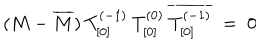
LaTeX: ( M - \overline { { { M } } } ) \: T _ { [ 0 ] } ^ { ( - 1 ) } \: T _ { [ 0 ] } ^ { ( 0 ) } \: \overline { { { T _ { [ 0 ] } ^ { ( - 1 ) } } } } \; = \; 0